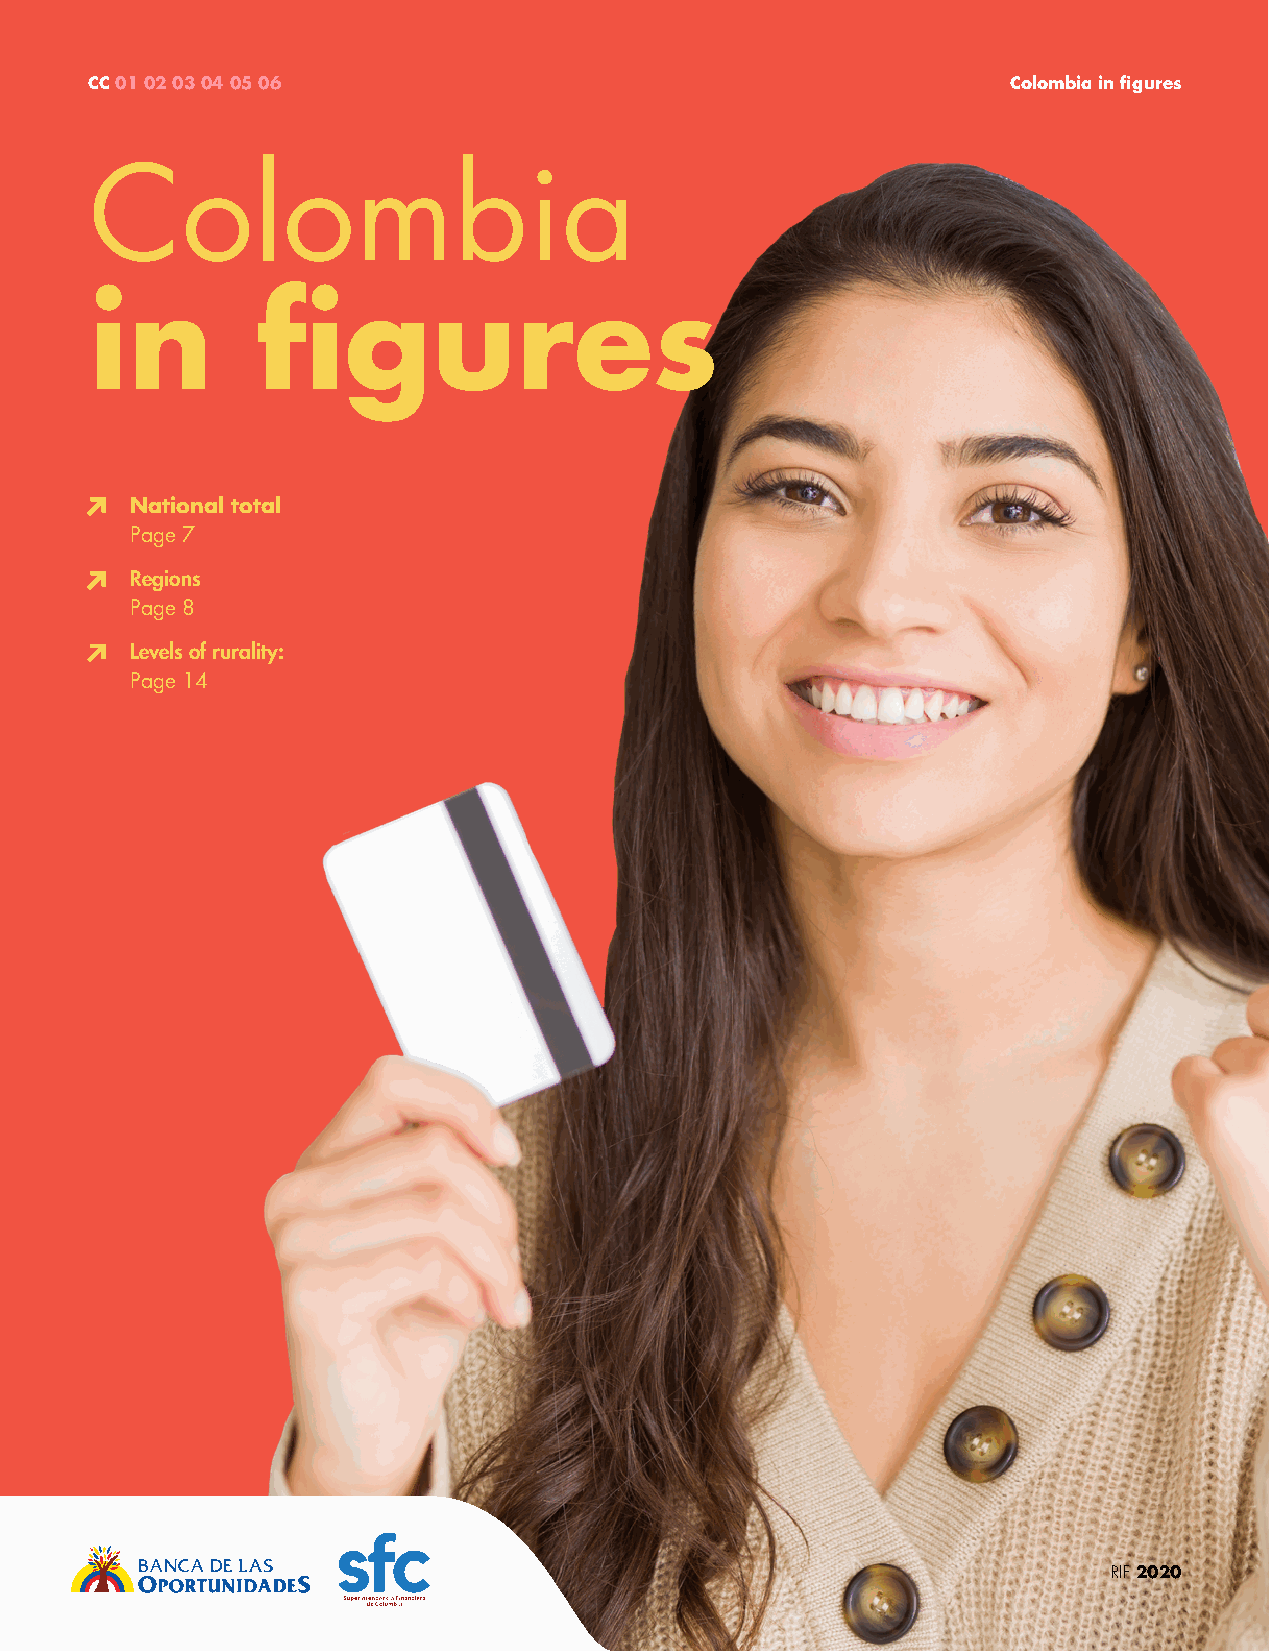
CC 01 02 03 04 05 06                                         Colombia in figures
 Colombia
 in         figures
 National total
 Page 7
 Regions
 Page 8
 Levels of rurality:
 Page 14
 6                                                                   RIF 2020